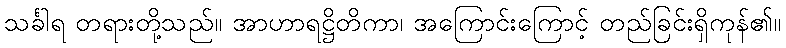
သင်္ခါရ တရားတို့သည်။ အာဟာရဋ္ဌိတိကာ၊ အကြောင်းကြောင့် တည်ခြင်းရှိကုန်၏။